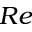
R e